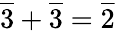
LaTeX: {\overline{{3}}}+{\overline{{3}}}={\overline{{2}}}